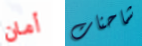
أمان شاحنات